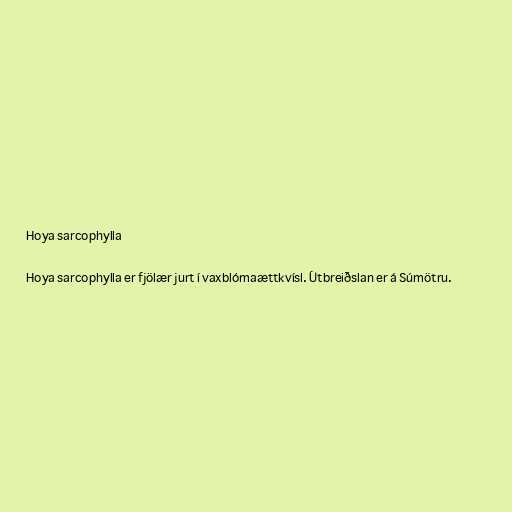
Hoya sarcophylla

Hoya sarcophylla er fjölær jurt í vaxblómaættkvísl. Útbreiðslan er á Súmötru.